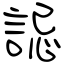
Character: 誋